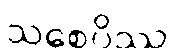
သစေပိဿ